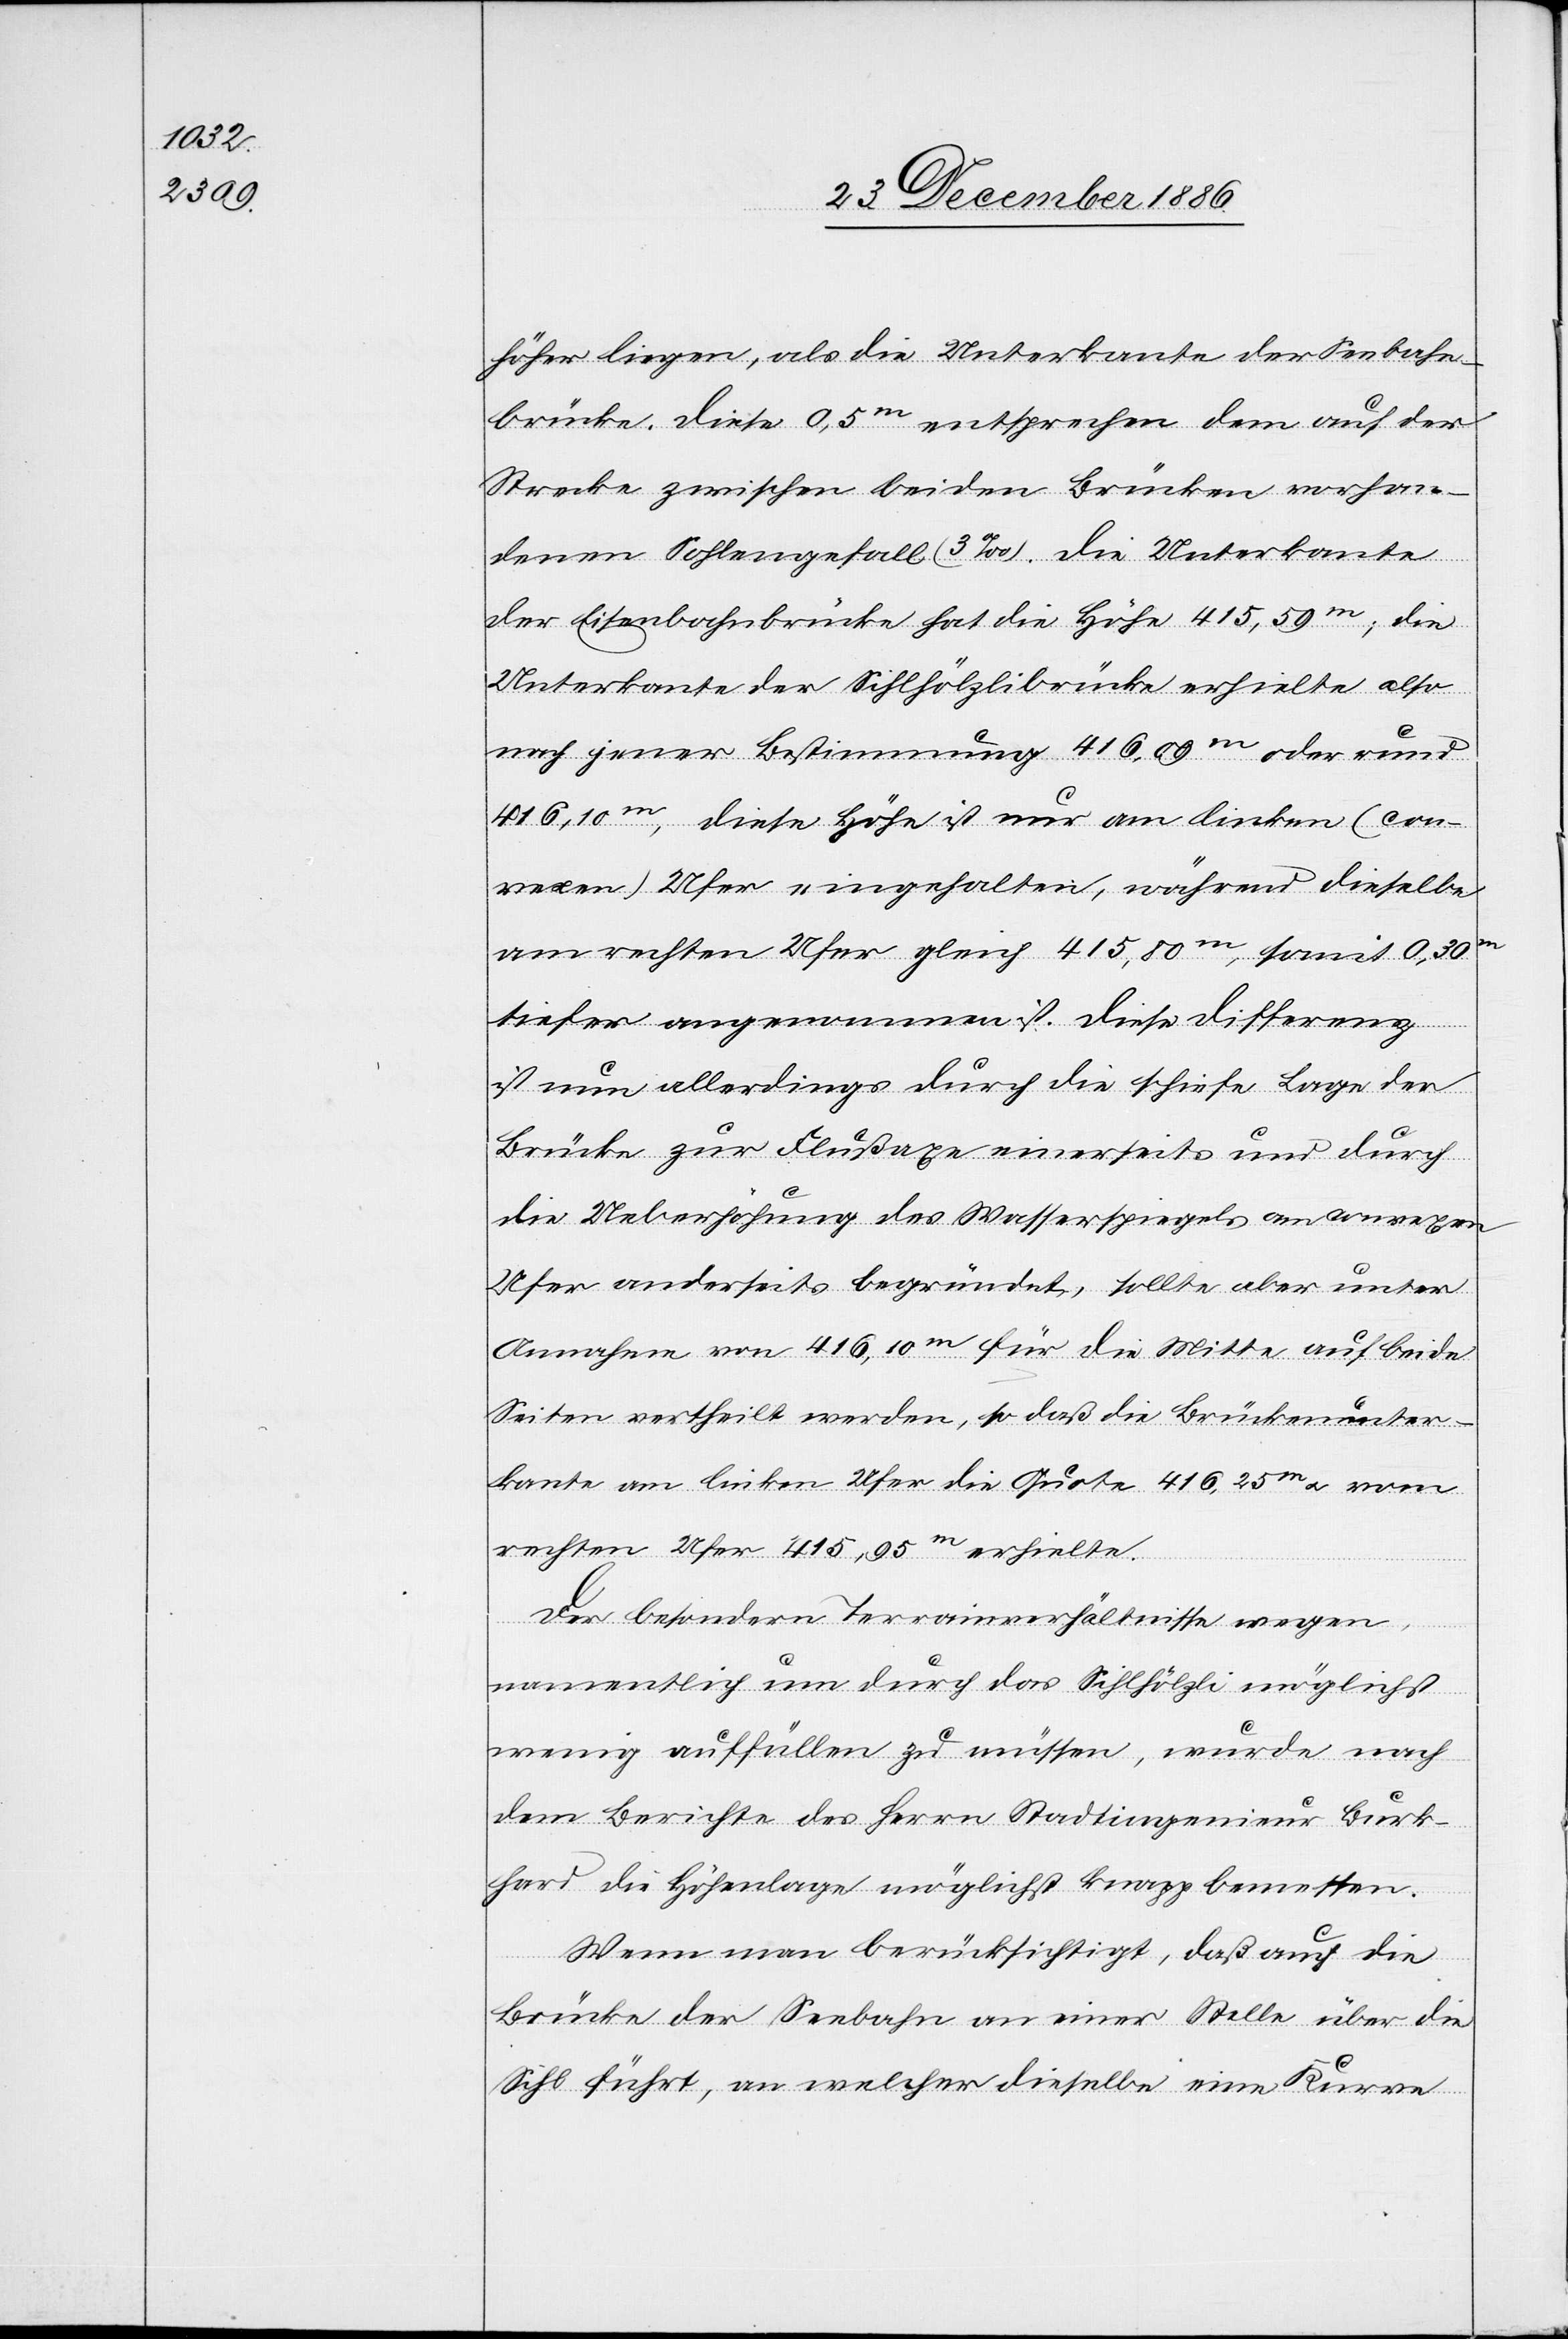
höher liegen, als die Unterkante der Seebahn¬
brücke. Diese 0,5m entsprechen dem auf der
Strecke zwischen beiden Brücken vorhan¬
denen Sohlengefall [sic!] (3‰). Die Unterkante
der Eisenbahnbrücke hat die Höhe 415,59m; die
Unterkante der Sihlhölzlibrücke erhielte also
nach jener Bestimmung 416,09m oder rund
416,10m, diese Höhe ist nur am linken (con¬
vexen) Ufer eingehalten, während dieselbe
am rechten Ufer gleich 415,80m, somit 0,30m
tiefer angenommen ist. Diese Differenz
ist nun allerdings durch die schiefe Lage der
Brücke zur Flußaxe einerseits und durch
die Ueberhöhung des Wasserspiegels am convexen
Ufer anderseits begründet, sollte aber unter
Annahme von 416,10m für die Mitte auf beide
Seiten vertheilt werden, so daß die Brückenunter¬
kante am linken Ufer die Quote 416,25m & vom
rechten Ufer 415,95m erhielte.
Der besondern Terrainverhältnisse wegen,
namentlich um durch das Sihlhölzli möglichst
wenig auffüllen zu müssen, wurde nach
dem Berichte des Herrn Stadtingenieur Burk¬
hard die Höhenlage möglichst knapp bemessen.
Wenn man berücksichtigt, daß auch die
Brücke der Seebahn an einer Stelle über die
Sihl führt, an welcher dieselbe eine Kurve